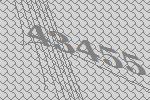
43455